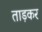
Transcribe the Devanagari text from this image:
ताड़कर